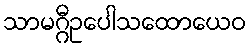
သာမဂ္ဂီဥပေါသထောယေဝ